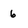
Character: 6